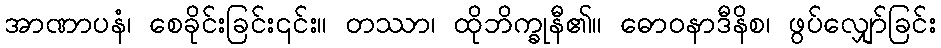
အာဏာပနံ၊ စေခိုင်းခြင်း၎င်း။ တဿာ၊ ထိုဘိက္ခုနီ၏။ ဓောဝနာဒီနိစ၊ ဖွပ်လျှော်ခြင်း